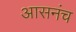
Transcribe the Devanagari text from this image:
आसनंच